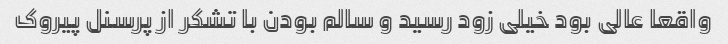
واقعا عالی بود خیلی زود رسید و سالم بودن با تشکر از پرسنل پیروک